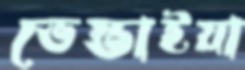
ভেস্তাইয়া